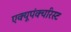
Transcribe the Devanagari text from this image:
एक्यूपंक्चरिस्ट